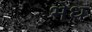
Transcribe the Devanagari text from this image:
भेध